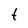
Character: t